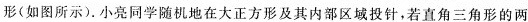
形(如图所示)。小亮同学随机地在大正方形及其内部区域投针，若直角三角形的两